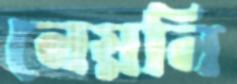
নেয়নি